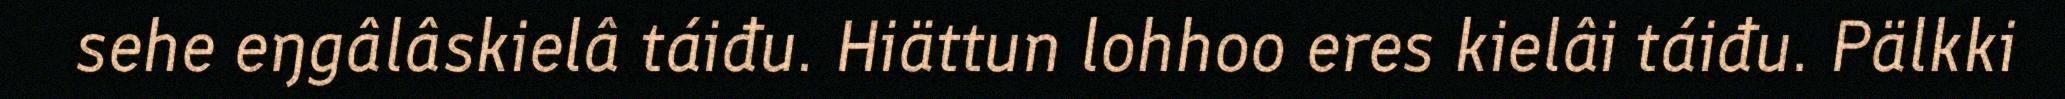
sehe eŋgâlâskielâ táiđu. Hiättun lohhoo eres kielâi táiđu. Pälkki